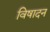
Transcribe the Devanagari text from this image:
विषादन